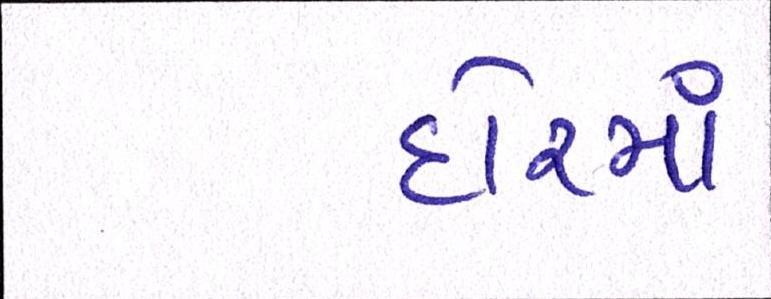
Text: દોરમાં